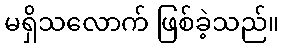
မရှိသလောက် ဖြစ်ခဲ့သည်။